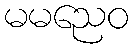
မမညေဝ